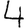
Digit: 4